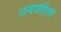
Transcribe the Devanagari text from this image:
उर्वशीला